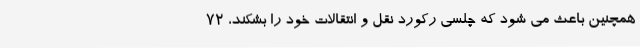
همچنین باعث می شود که چلسی رکورد نقل و انتقالات خود را بشکند، 72